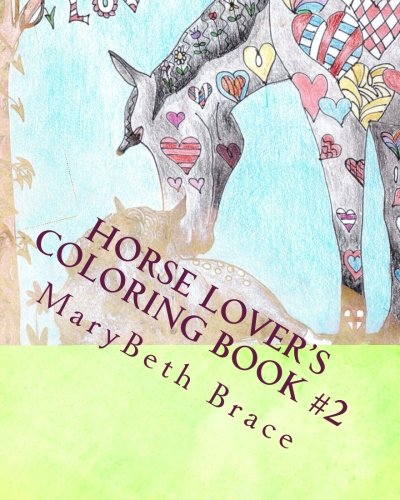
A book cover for Horse Lover's Coloring Book #2; MaryBeth Brace; Crafts, Hobbies & Home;